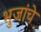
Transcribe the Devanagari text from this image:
भुजांचे